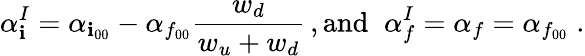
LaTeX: \alpha_{\mathbf{i}}^{I}=\alpha_{\mathbf{i}_{00}}-\alpha_{f_{00}}\frac{{w_{d}}}{{w_{u}+w_{d}}}\, ,\textrm{{and}}\; \; \alpha_{f}^{I}=\alpha_{f}=\alpha_{f_{00}}\; .